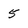
Character: 5